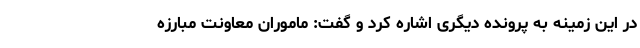
در این زمینه به پرونده دیگری اشاره کرد و گفت: ماموران معاونت مبارزه